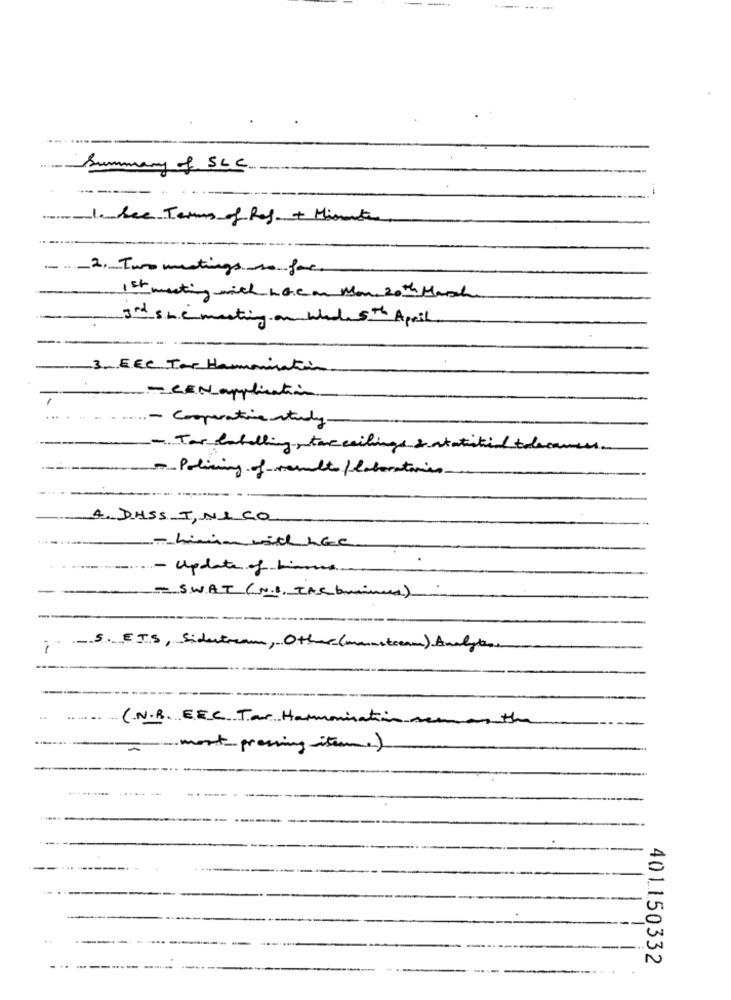
Summary of SLC.
leukee Terms of Ref + Minute,
---
2. Two meetings so far
1 st meeting with ha.Can Move 20 th March
god sme meeting on what 5th April.
3. EEC Tor Hammination
- CEN application
... .. - Cooperative study.
- Tar latelling,toccailings & statisti/ tolerances
-Policing of results/ laboratories
4. DASS I, NICO
-himin with hGe
- update of himme
- SWAT (N.1, The brains)
-
5. ETS, Sidetram, Other (munstream) Analysen
(.N.B. EEC Tar Hammmination sem
-
-- most-pressing iteme)
5
..
N
401150332